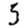
Digit: 3